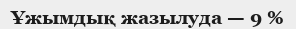
Ұжымдық жазылуда — 9 %